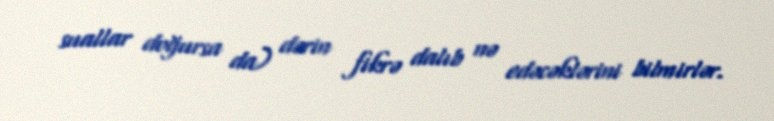
suallar doğursa da) dərin fikrə dalıb nə edəcəklərini bilmirlər.